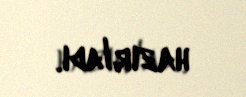
hazırladı.